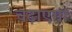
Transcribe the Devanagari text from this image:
चढ़ाएगा